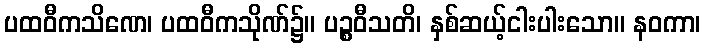
ပထဝီကသိဏေ၊ ပထဝီကသိုဏ်၌။ ပဉ္စဝီသတိ၊ နှစ်ဆယ့်ငါးပါးသော။ နဝကာ၊